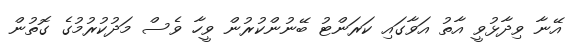
އޭނާ ވިދާޅުވީ އާތު އަވާގައި ކަރަންޓު ބޭނުންކުރުން ވީހާ ވެސް މަދުކުރުމުގެ ގޮތުން